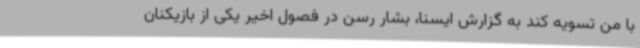
با من تسویه کند به گزارش ایسنا، بشار رسن در فصول اخیر یکی از بازیکنان